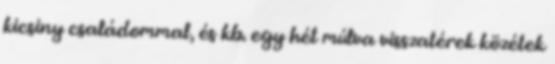
kicsiny családommal, és kb. egy hét múlva visszatérek közétek